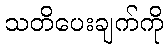
သတိပေးချက်ကို